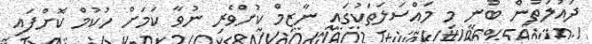
ދައުލަތުން ބުނީ މި މައްސަލަތަކުގައި ނާޒިމް ކުށްވެރި ނުވާ ކަމަށް ހުކުމް ކޮށްފައި